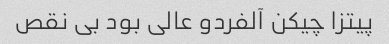
پیتزا چیکن آلفردو عالی بود بی نقص